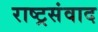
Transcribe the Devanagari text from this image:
राष्ट्रसंवाद